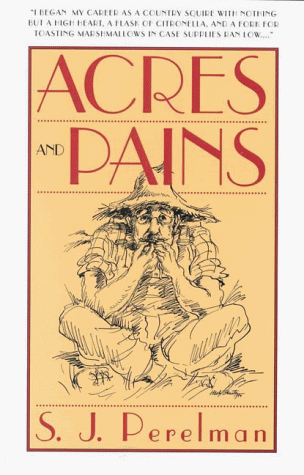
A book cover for Acres and Pains; Simon J. Perelman; Humor & Entertainment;